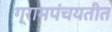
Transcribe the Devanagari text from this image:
ग्रामपंचयतीत